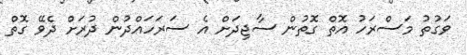
ވަގުތު މަސްރަހު އޮތް ގޮތުން ސާޖިދަށް އެ ސަރަހައްދުން ދުރަށް ދެވޭ ގޮތް